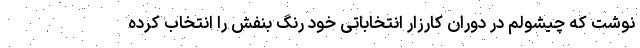
نوشت که چیشولم در دوران کارزار انتخاباتی خود رنگ بنفش را انتخاب کرده